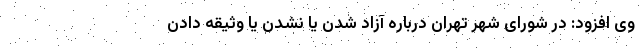
وی افزود: در شورای شهر تهران درباره آزاد شدن یا نشدن یا وثیقه دادن